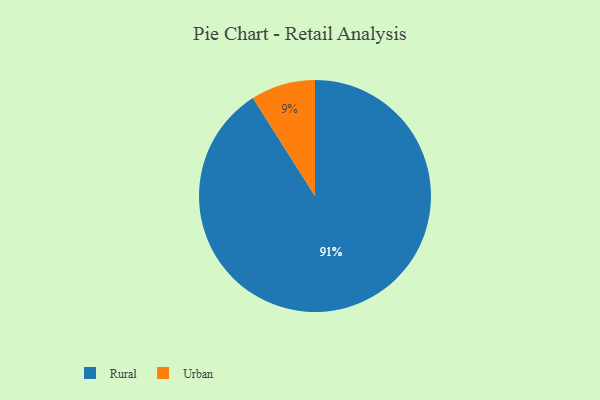
{"axis": {"x": "Category", "y": "Percentage"}, "legend": ["Rural", "Urban"], "data": [{"x": "Rural", "y": 91, "type": "Rural"}, {"x": "Urban", "y": 9, "type": "Urban"}]}